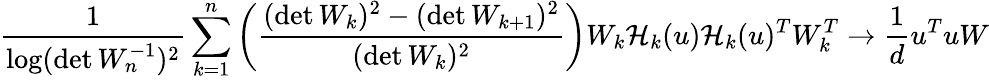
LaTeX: \frac{1}{\log(\operatorname*{det}W_{n}^{-1})^{2}}\sum_{k=1}^{n}\bigg(\frac{(\operatorname*{det}W_{k})^{2}-(\operatorname*{det}W_{k+1})^{2}}{(\operatorname*{det}W_{k})^{2}}\bigg)W_{k}\mathcal{H}_{k}(u)\mathcal{H}_{k}(u)^{T}W_{k}^{T}\to\frac{1}{d}u^{T}uW